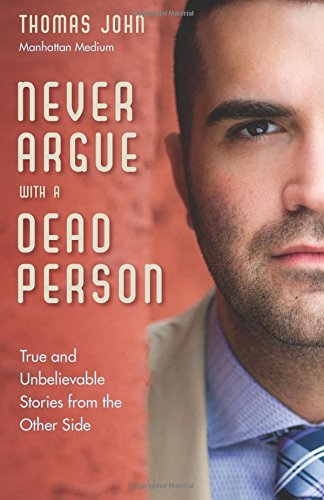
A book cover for Never Argue with a Dead Person: True and Unbelievable Stories from the Other Side; Thomas John; Religion & Spirituality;